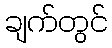
ချက်တွင်